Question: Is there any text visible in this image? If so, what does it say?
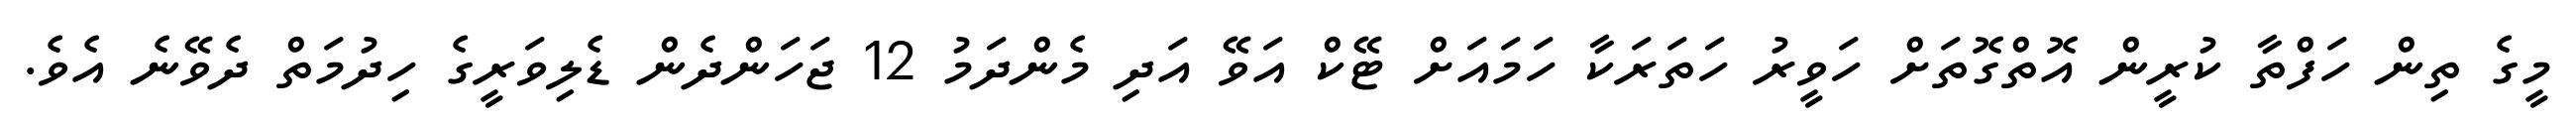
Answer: މީގެ ތިން ހަފްތާ ކުރީން އޮތްގޮތަށް ހަވީރު ހަތަރަކާ ހަމައަށް ޓޭކް އަވޭ އަދި މެންދަމު 12 ޖަހަންދެން ޑެލިވަރީގެ ހިދުމަތް ދެވޭނެ އެވެ.